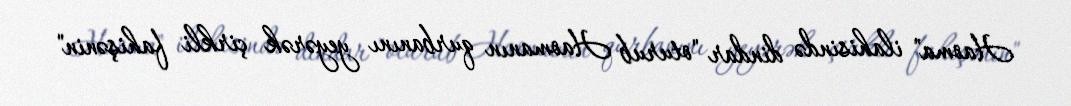
Haoma" ilahisində dindar "oturub Haomanın qurbanını yeyərək çirkli fahişənin"